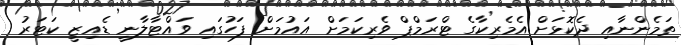
ތަމެންނާއި ދެކޮޅަށް އެމެރިކާގެ ޓްރަމްޕް ވެރިކަމަށް އައުމަށް ފަހުގައި ވައްޓާލާނީ ޑެއިޒީ ކަޓަރު